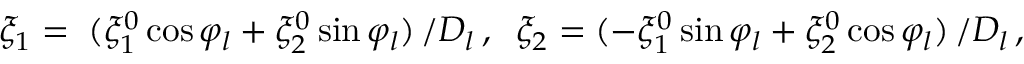
\xi _ { 1 } = \; ( \xi _ { 1 } ^ { 0 } \cos { \varphi _ { l } } + \xi _ { 2 } ^ { 0 } \sin { \varphi _ { l } } ) \, / D _ { l } \, , \; \; \xi _ { 2 } = ( - \xi _ { 1 } ^ { 0 } \sin { \varphi _ { l } } + \xi _ { 2 } ^ { 0 } \cos { \varphi _ { l } } ) \, / D _ { l } \, ,